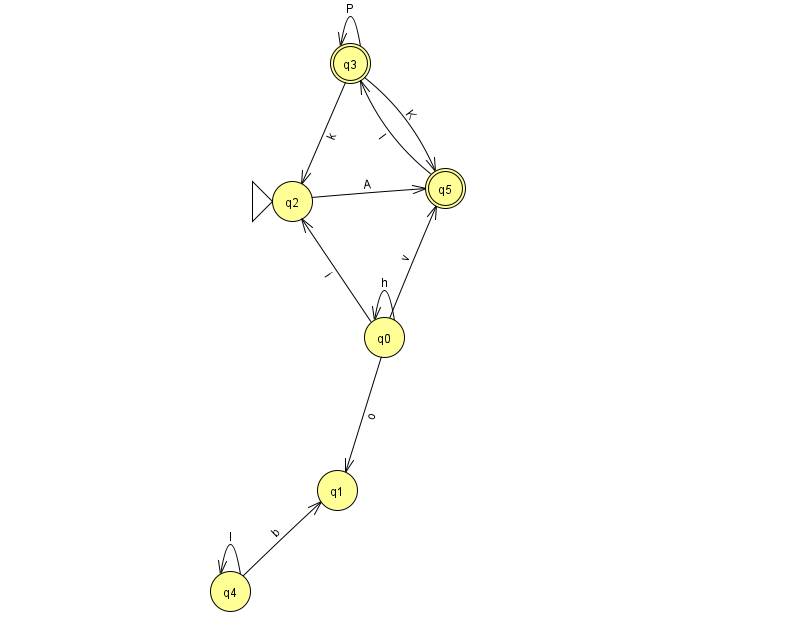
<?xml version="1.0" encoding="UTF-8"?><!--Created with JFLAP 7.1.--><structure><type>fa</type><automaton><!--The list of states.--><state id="0" name="q0"><x>384.0</x><y>324.0</y></state><state id="1" name="q1"><x>337.0</x><y>477.0</y></state><state id="2" name="q2"><x>292.0</x><y>188.0</y><initial/></state><state id="3" name="q3"><x>350.0</x><y>50.0</y><final/></state><state id="4" name="q4"><x>230.0</x><y>578.0</y></state><state id="5" name="q5"><x>445.0</x><y>175.0</y><final/></state><!--The list of transitions.--><transition><from>0</from><to>5</to><read>v</read></transition><transition><from>3</from><to>2</to><read>k</read></transition><transition><from>3</from><to>3</to><read>P</read></transition><transition><from>0</from><to>2</to><read>i</read></transition><transition><from>0</from><to>1</to><read>o</read></transition><transition><from>0</from><to>0</to><read>h</read></transition><transition><from>4</from><to>1</to><read>b</read></transition><transition><from>2</from><to>5</to><read>A</read></transition><transition><from>4</from><to>4</to><read>l</read></transition><transition><from>3</from><to>5</to><read>K</read></transition><transition><from>5</from><to>3</to><read>I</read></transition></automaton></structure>